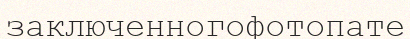
заключенногофотопате